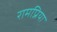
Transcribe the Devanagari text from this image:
रामप्रिया